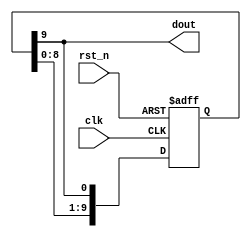
//Generation of number list

module number_list(clk,rst_n,dout);
	input clk;
	input rst_n;
	output dout;

	reg [9:0] init;

	always @(posedge clk or negedge rst_n)
		begin
			if(!rst_n)
				init<=10'b0010_1101_11;
			else
				init<={init[8:0],init[9]};
		end

	assign dout=init[9];
endmodule